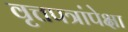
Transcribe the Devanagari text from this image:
वृत्तपत्रांपेक्षा